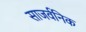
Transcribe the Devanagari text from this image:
साजर्वनिक